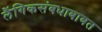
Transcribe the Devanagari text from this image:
लैंगिकसंबधाबाबत